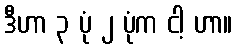
ဒီဟာ ၃ ပုံ ၂ ပုံက ငါ့ ဟာ။